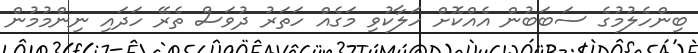
ބިންހެލުމުގެ ސަބަބުން އެއްކޮށް ހަލާކުވި މަގެއް ހަތަރު ދުވަސް ތެރޭ ހަދައި ނިންމުމުން